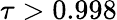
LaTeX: \tau>0.998